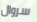
سروال